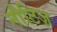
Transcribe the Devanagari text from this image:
नौटिज़